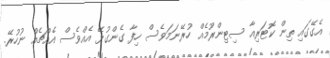
އެގޭގައި ތިން ކޮޓަރިއާ ސިޓިންރޫމެއް ހުރޭނަމަވެސް ހިފާ ގެންގުޅޭ އެއްވެސް އެއްޗެއް ނުހުރޭ.